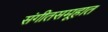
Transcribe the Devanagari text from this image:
संगीतसमूहात